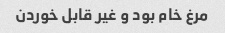
مرغ خام بود و غیر قابل خوردن